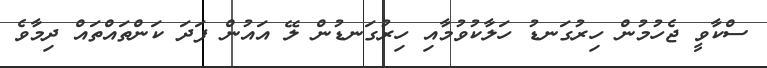
ސްކާވީ ޖެހުމުން ހިރުގަނޑު ހަލާކުވުމާއި ހިރުގަނޑުން ލޭ އައުން ފަދަ ކަންތައްތައް ދިމާވެ